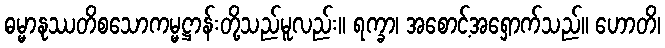
ဓမ္မာနုဿတိစသောကမ္မဋ္ဌာန်းတို့သည်မူလည်း။ ရက္ခာ၊ အစောင့်အရှောက်သည်။ ဟောတိ၊